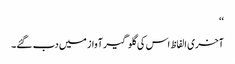
‘‘
آخری الفاظ اس کی گلوگیر آواز میں دب گئے۔